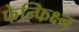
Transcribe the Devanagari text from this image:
फेन्फिक्ष्न